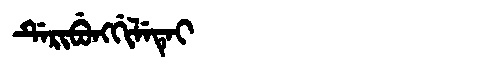
Manchu: ᡩᡝᡵᡳᠪᡠᠩᡤᡳᠯᡝᡨᡝᡳ
Romanization: DERIBUNGGILETEI